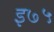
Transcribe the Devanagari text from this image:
इ७५